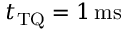
t _ { \mathrm { T Q } } = 1 \ensuremath { \, \mathrm { m s } }